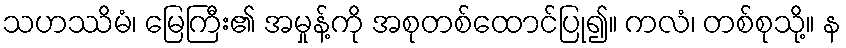
သဟဿိမံ၊ မြေကြီး၏ အမှုန့်ကို အစုတစ်ထောင်ပြု၍။ ကလံ၊ တစ်စုသို့။ န